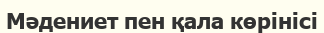
Мәдениет пен қала көрінісі